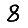
Digit: 8